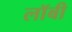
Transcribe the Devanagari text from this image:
लाॅबी